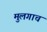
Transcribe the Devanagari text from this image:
मुलगाच